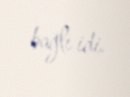
bağlı idi.